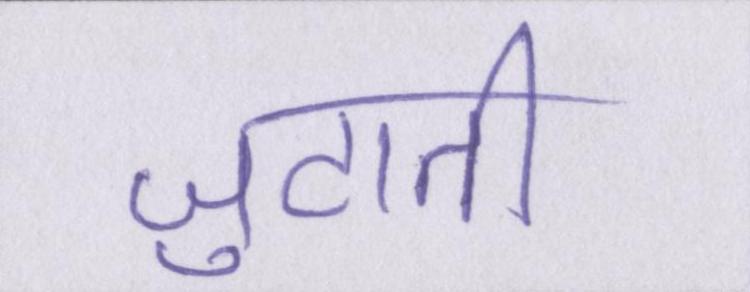
जुटाती